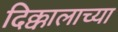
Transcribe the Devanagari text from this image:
दिक्कालाच्या